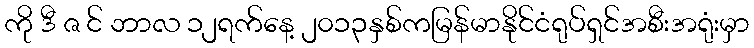
ကို ဒီ ဇ င် ဘာလ ၁၂ရက်နေ့ ၂၀၁၃နှစ်ကမြန်မာနိုင်ငံရုပ်ရှင်အစီးအရုံးမှာ